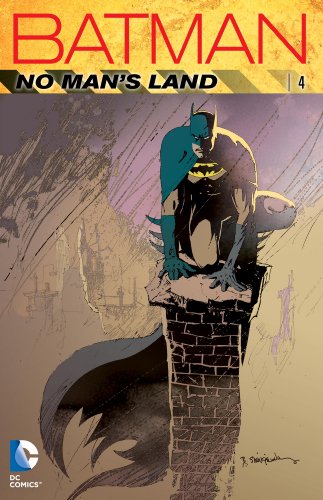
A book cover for Batman: No Man's Land, Vol. 4; Chuck Dixon; Comics & Graphic Novels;